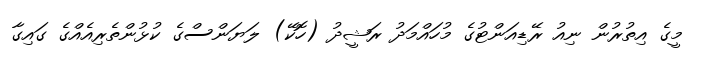
މީގެ އިތުރުން ނިއު ރޭޑިއަންޓުގެ މުހައްމަދު ރަޝީދު (ހޮކޭ) ލަޔަންސްގެ ކުޅުންތެރިއެއްގެ ގައިގާ